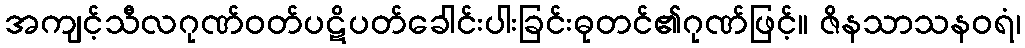
အကျင့်သီလဂုဏ်ဝတ်ပဋိပတ်ခေါင်းပါးခြင်းဓုတင်၏ဂုဏ်ဖြင့်။ ဇိနသာသနဝရံ၊